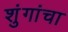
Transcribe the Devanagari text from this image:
शुंगांचा